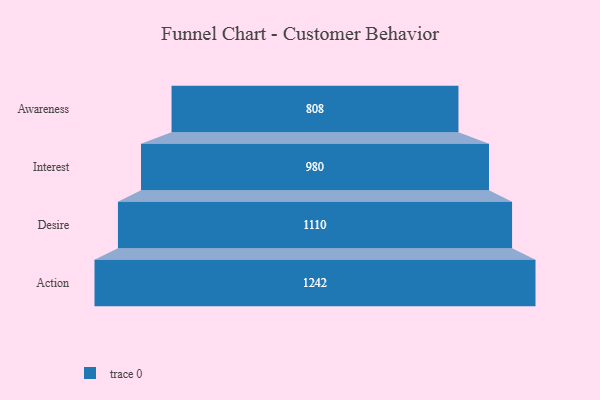
{"axis": {"x": "Stage", "y": "Value"}, "legend": [""], "data": [{"x": "Awareness", "y": 808.0, "type": ""}, {"x": "Interest", "y": 980.0, "type": ""}, {"x": "Desire", "y": 1110.0, "type": ""}, {"x": "Action", "y": 1242.0, "type": ""}]}